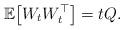
LaTeX: \begin{align*}\mathbb{E}\big[W_t W_t^{\top} \big] = tQ.\end{align*}